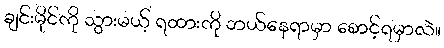
ချင်းမိုင်ကို သွားမယ့် ရထားကို ဘယ်နေရာမှာ စောင့်ရမှာလဲ။